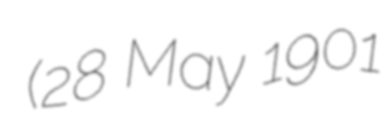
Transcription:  (28 May 1901